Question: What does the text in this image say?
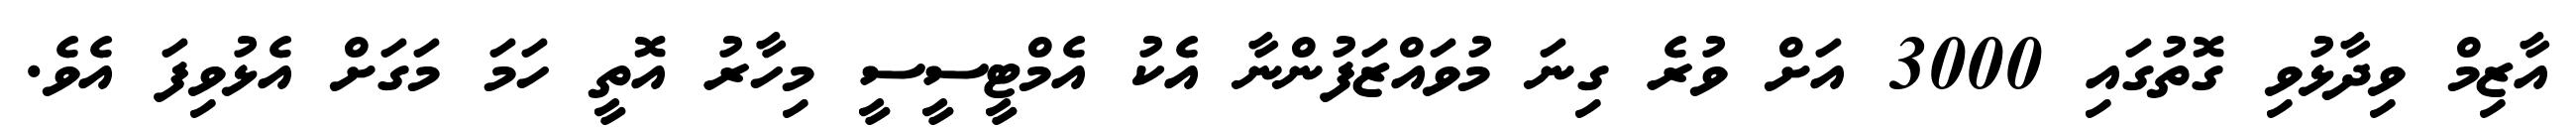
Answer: އާޒިމް ވިދާޅުވި ގޮތުގައި 3000 އަށް ވުރެ ގިނަ މުވައްޒަފުންނާ އެކު އެމްޓީސީސީ މިހާރު އޮތީ ހަމަ މަގަށް އެޅުވިފަ އެވެ.